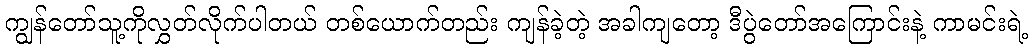
ကျွန်တော်သူ့ကိုလွှတ်လိုက်ပါတယ် တစ်ယောက်တည်း ကျန်ခဲ့တဲ့ အခါကျတော့ ဒီပွဲတော်အကြောင်းနဲ့ ကာမင်းရဲ့